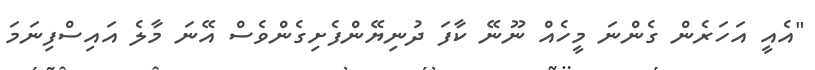
"އެއީ އަހަރެން ގެންނަ މީހެއް ނޫނޭ ކާފަ ދުނިޔޭންފެށިގެންވެސް އޭނަ މާލެ އައިސްފިނަމަ